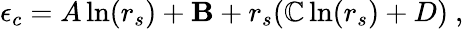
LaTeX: \epsilon_{c}=A\ln(r_{s})+\mathbf{B}+r_{s}(\mathbb{C}\ln(r_{s})+D)\ ,